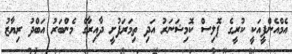
އެމްއެންޕީއަކީ ކުރީގެ ޕޮލިސް ކޮމިޝަނަރު އަދި ތިމަރަފުށީ ދާއިރާގެ މެންބަރު އަބްދު ރިޔާޒު